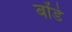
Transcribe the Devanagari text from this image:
बोंडे